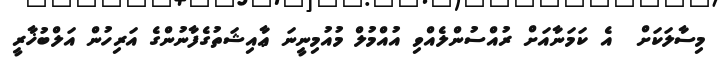
މިސާލަކަށް  އެ ކަމަނާއަށް ރުއްސުންލެއްވި އުއްމުލް މުއުމިނީނަ ޢާއިޝަތުގެފާނުންގެ އަރިހުން އަލްބުޚާރީ